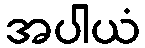
အပါယံ